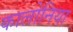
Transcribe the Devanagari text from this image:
कालोनिया